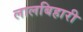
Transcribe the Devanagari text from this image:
लालबिहारी